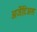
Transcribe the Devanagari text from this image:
अर्जेंटिअस